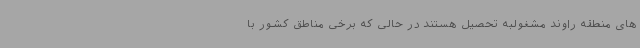
های منطقه راوند مشغولبه تحصیل هستند در حالی که برخی مناطق کشور با